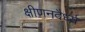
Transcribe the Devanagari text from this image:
क्षीणनदैर्ध्य